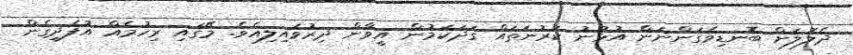
ދެލޮލަށް ބޮނޑިވެގަންނަން އުޅުނު ކަރުނަތައް ގަދަކަމުން އީވާން ދިރުވައިލިއެވެ. މޭގައި ރިހުމެއް އުފެދިގެން